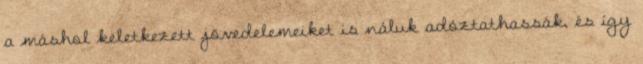
a máshol keletkezett jövedelemeiket is náluk adóztathassák, és így